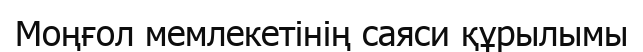
Моңғол мемлекетінің саяси құрылымы